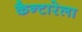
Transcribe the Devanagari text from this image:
कैन्टारेला